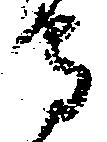
守